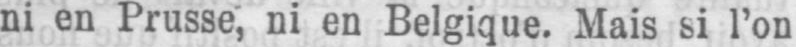
ni en Prusse, ni en Belgique. Mais si l’on